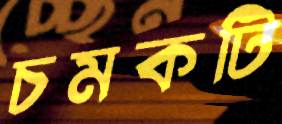
চমকটি